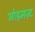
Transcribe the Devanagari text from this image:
ओह्रमज़्द